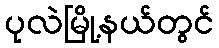
ပုလဲမြို့နယ်တွင်